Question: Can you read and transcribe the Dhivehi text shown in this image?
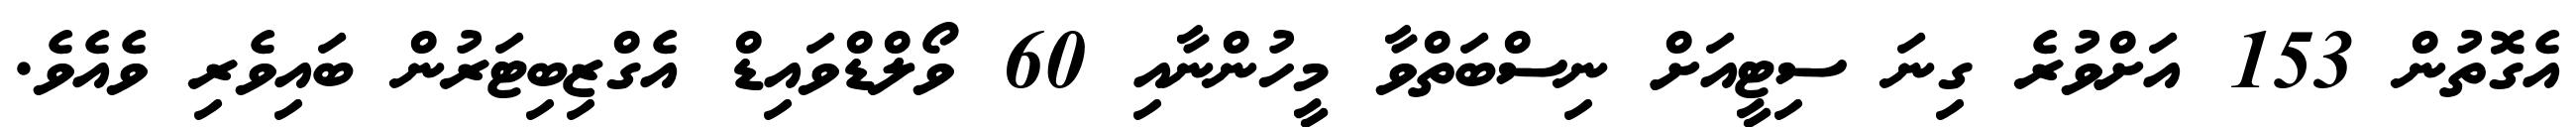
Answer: އެގޮތުން 153 އަށްވުރެ ގިނަ ސިޓީއަށް ނިސްބަތްވާ މީހުންނާއި 60 ވޯލްޑްވައިޑް އެގްޒިބިޓަރުން ބައިވެރި ވެއެވެ.